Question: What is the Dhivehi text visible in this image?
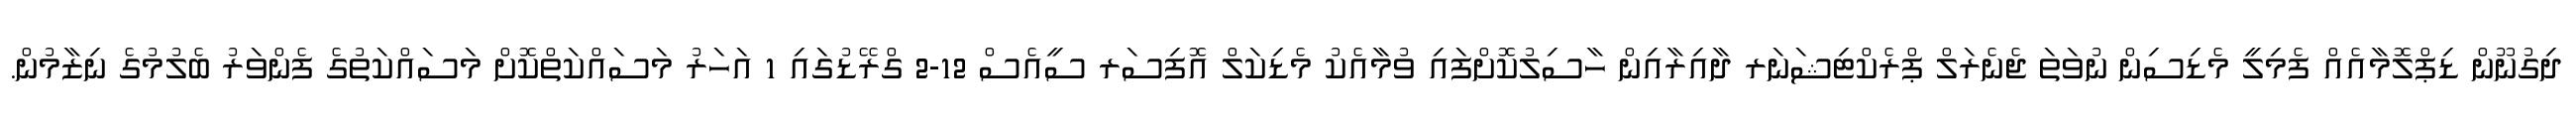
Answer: ދިގުނޫން ޑިޕްލޮމާއެއް ފެމިލީ މެޑިސިން ނުވަތަ ޖެނެރަލް ޕްރެކްޓިޝަނަރ ދާއިރާއިން ހާސިލުކޮށްފައި ވުމާއެކު މެޑިކަލް އޮފިސަރ ސީއެސް 12-2 ގްރޭޑުގައި 1 އަހަރު މަސައްކަތްކޮށް މަސައްކަތުގެ ފެންވަރު ބެލުމުގެ ނިޒާމުން.